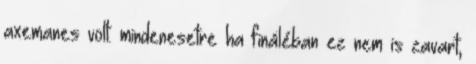
axemanes volt. mindenesetre ha fináléban ez nem is zavart,